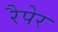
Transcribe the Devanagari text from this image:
रैपेर